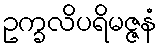
ဥက္ခလိပရိမဇ္ဇနံ